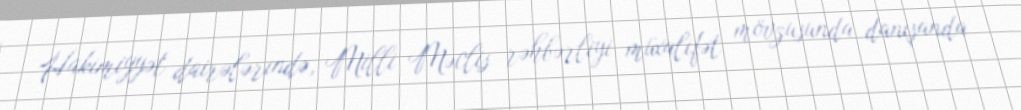
Hakimiyyət dairələrində, Milli Məclis rəhbərliyi müxalifət mövzusunda danışanda